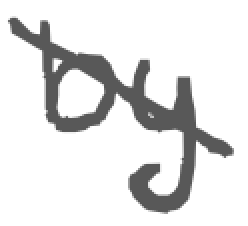
Text: by
Cross-out: diagonal
Writing tool: digital_gray